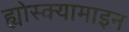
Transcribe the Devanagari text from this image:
ह्योस्क्यामाइन